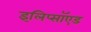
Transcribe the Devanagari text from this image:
इलिप्सॉएड